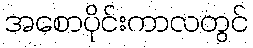
အစောပိုင်းကာလတွင်